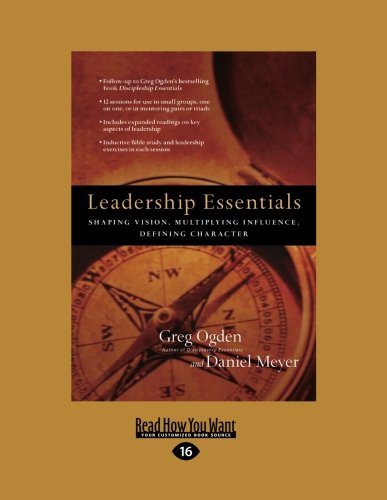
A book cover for Leadership Essentials: Shaping Vision, Multiplying Influence, Defining Character; Greg Ogden and Daniel Meyer; Religion & Spirituality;